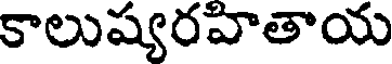
కాలుష్యరహితాయ